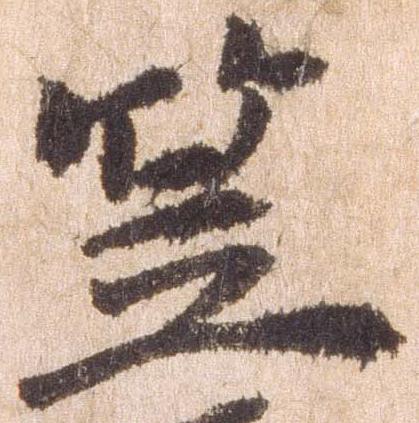
笠